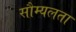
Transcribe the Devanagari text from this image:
सौम्‍यलता